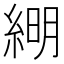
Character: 𦁠